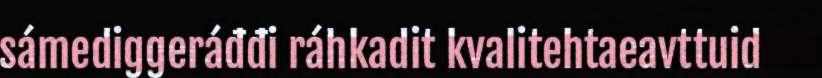
sámediggeráđđi ráhkadit kvalitehtaeavttuid